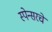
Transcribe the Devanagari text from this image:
स्पेन्सरचे